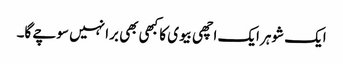
ایک شوہر ایک اچھی بیوی کا کبھی بھی برا نہیں سوچے گا۔